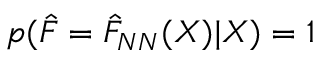
p ( \hat { F } = \hat { F } _ { N N } ( X ) | X ) = 1